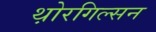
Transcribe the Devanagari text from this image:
थ़ोरगिल्सन